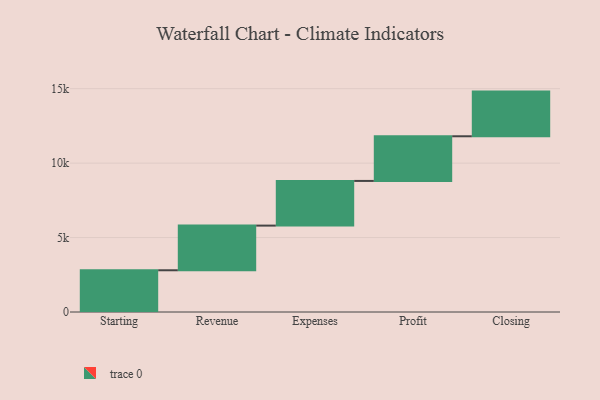
{"axis": {"x": "Step", "y": "Value"}, "legend": [""], "data": [{"x": "Starting", "y": 2803.0, "type": ""}, {"x": "Revenue", "y": 3000, "type": ""}, {"x": "Expenses", "y": 3000, "type": ""}, {"x": "Profit", "y": 3000, "type": ""}, {"x": "Closing", "y": 3000, "type": ""}]}